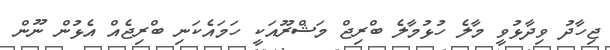
ޖިހާދު ވިދާޅުވީ މާލެ ހުޅުމާލެ ބްރިޖް މަޝްރޫއަކީ ހަމައެކަނި ބްރިޖެއް އެޅުން ނޫން